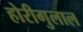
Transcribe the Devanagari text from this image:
होरीगुलाल